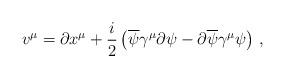
LaTeX: \begin{align*}v^{\mu}=\partial x^{\mu}+\frac{i}{2}\left(\overline{\psi}\gamma^{\mu}\partial\psi-\partial\overline{\psi}\gamma^{\mu}\psi \right)\,,\end{align*}